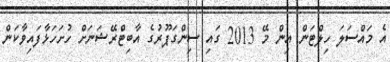
އެ މައްސަލަ ހިލްޓަން އިން މޭ 2013 ގައި ސިންގަޕޫރުގެ އާބިޓްރޭޝަނަށް ހުށަހަޅާފައިވާކަން